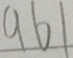
9 6 1